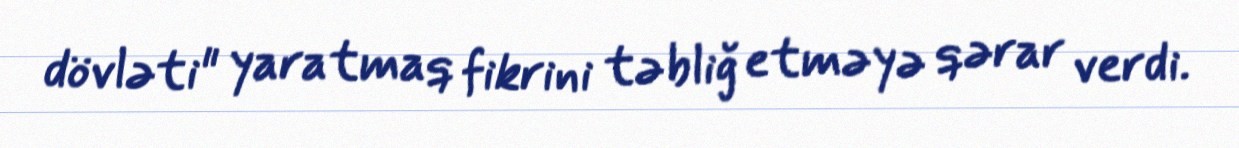
dövləti" yaratmaq fikrini təbliğ etməyə qərar verdi.